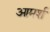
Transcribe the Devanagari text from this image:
आमर्श